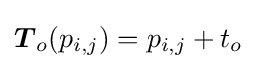
{\boldsymbol {T}}_{o}(p_{i,j})=p_{i,j}+t_{o}